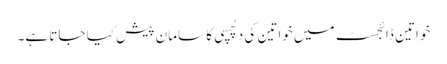
خواتین ڈائجسٹ میں خواتین کی دلچسپی کا سامان پیش کیا جاتا ہے۔